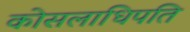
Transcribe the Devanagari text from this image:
कोसलाधिपति